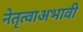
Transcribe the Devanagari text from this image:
नेतृत्वाअभावी